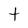
Character: t